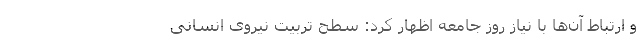
و ارتباط آن‌ها با نیاز روز جامعه اظهار کرد: سطح تربیت نیروی انسانی